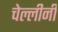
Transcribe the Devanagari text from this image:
चेल्लीनी